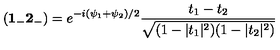
( { \bf 1 _ { - } 2 _ { - } } ) = e ^ { - i { ( \psi _ { 1 } + \psi _ { 2 } ) / 2 } } \frac { t _ { 1 } - t _ { 2 } } { \sqrt { ( 1 - | t _ { 1 } | ^ { 2 } ) ( 1 - | t _ { 2 } | ^ { 2 } ) } }